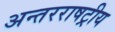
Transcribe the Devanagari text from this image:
अन्तरराषट्रीय